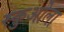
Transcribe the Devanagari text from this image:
स्कुओला